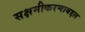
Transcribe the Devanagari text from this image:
सक्षमीकरणाबद्दल